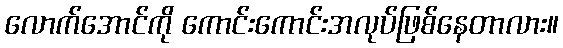
လောက်အောင်ကို ကောင်းကောင်းအလုပ်ဖြစ်နေတာလား။